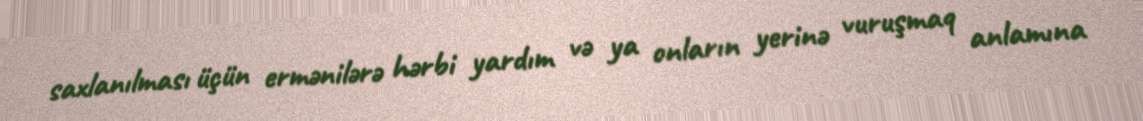
saxlanılması üçün ermənilərə hərbi yardım və ya onların yerinə vuruşmaq anlamına